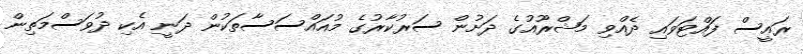
ރައީސް ފައްޓަވައި ދެއްވި މަޝްރޫއުގެ ދަށުން ސަރުކާރުގެ މުއައްސަސާތަކުން ދަނީ އެކި ދުވަސްމަތިން